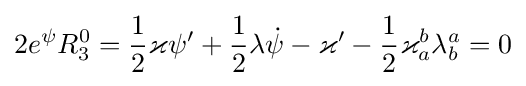
2e^{\psi }R_{3}^{0}={\frac {1}{2}}\varkappa \psi ^{\prime }+{\frac {1}{2}}\lambda {\dot {\psi }}-\varkappa ^{\prime }-{\frac {1}{2}}\varkappa _{a}^{b}\lambda _{b}^{a}=0